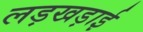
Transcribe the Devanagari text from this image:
लड़खड़ाई